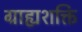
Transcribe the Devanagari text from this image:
ग्राह्यशक्ति